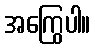
အကြွေပါ။